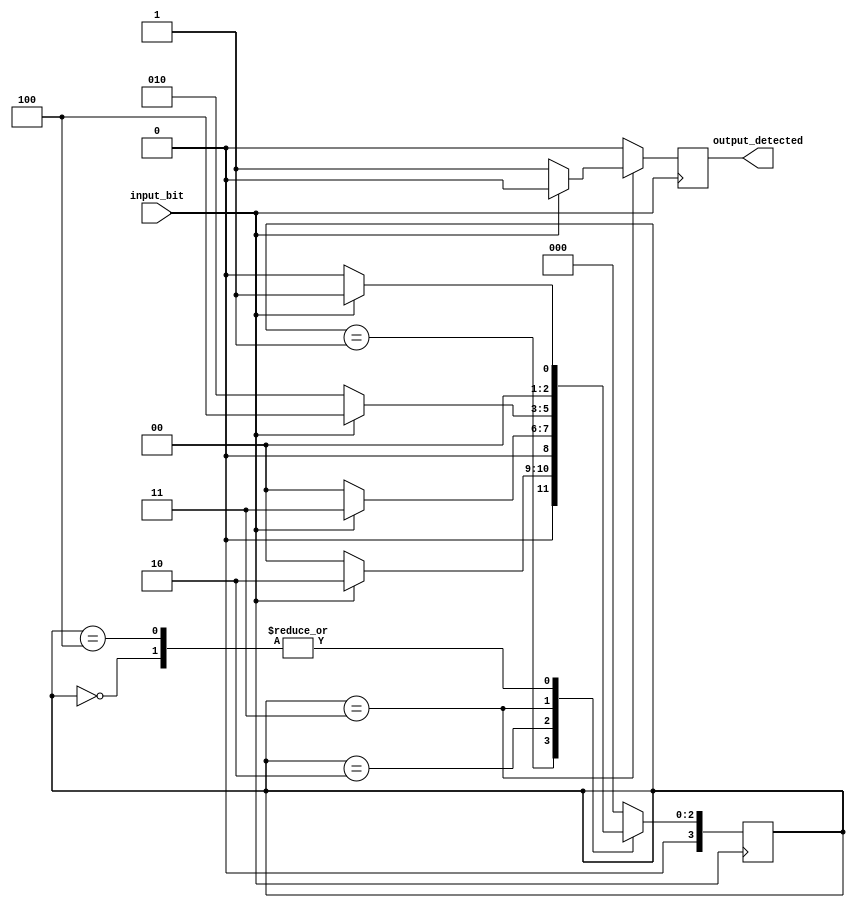
`timescale 1ns / 1ps
module MooreDetector(input_bit, output_detected);
  input input_bit;
  output reg output_detected;
  reg [3:0] state;

  // Define state parameters
  parameter S0 = 4'b0000;
  parameter S1 = 4'b0001;
  parameter S2 = 4'b0010;
  parameter S3 = 4'b0011;
  parameter S4 = 4'b0100;

  // State transition and output logic
  always @(posedge input_bit) begin
    case(state)
      S0: begin
        state <= (input_bit == 1) ? S1 : S0;
        output_detected <= 0;
      end
      S1: begin
        state <= (input_bit == 1) ? S2 : S0;
        output_detected <= 0;
      end
      S2: begin
        state <= (input_bit == 1) ? S3 : S0;
        output_detected <= 0;
      end
      S3: begin
        state <= (input_bit == 1) ? S4 : S2;
        output_detected <= (input_bit == 0) ? 1 : 0;
      end
      S4: begin
        state <= (input_bit == 1) ? S1 : S0;
        output_detected <= 0;
      end
      default: begin
        state <= S0;
        output_detected <= 0;
      end
    endcase
  end

endmodule